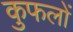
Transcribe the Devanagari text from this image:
कुफलों